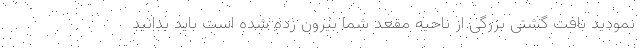
نمودید بافت گشتی بزرگی از ناحیه مقعد شما بیرون زده شده است باید بدانید